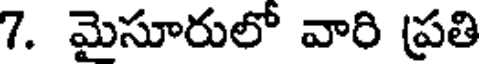
7. మైసూరులో వారి ప్రతి